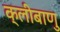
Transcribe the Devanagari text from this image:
क्लीबाणु